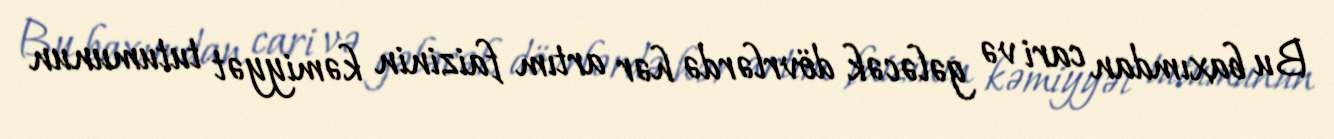
Bu baxımdan cari və gələcək dövrlərdə hər artım faizinin kəmiyyət tutumunun